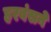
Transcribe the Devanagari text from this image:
हरबंसने